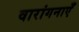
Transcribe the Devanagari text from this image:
वारांगनाएँ